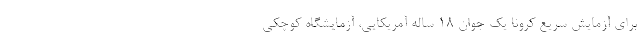
برای آزمایش سریع کرونا یک جوان ۱۸ ساله آمریکایی، آزمایشگاه کوچکی